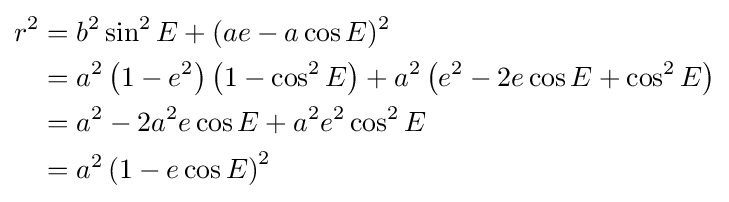
{\begin{aligned}r^{2}&=b^{2}\sin ^{2}E+(ae-a\cos E)^{2}\\&=a^{2}\left(1-e^{2}\right)\left(1-\cos ^{2}E\right)+a^{2}\left(e^{2}-2e\cos E+\cos ^{2}E\right)\\&=a^{2}-2a^{2}e\cos E+a^{2}e^{2}\cos ^{2}E\\&=a^{2}\left(1-e\cos E\right)^{2}\\\end{aligned}}